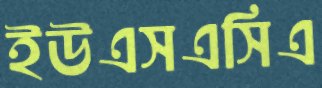
ইউএসএসিএ